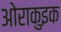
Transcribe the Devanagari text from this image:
ओराकुइक